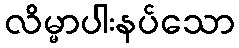
လိမ္မာပါးနပ်သော